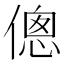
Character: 傯